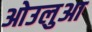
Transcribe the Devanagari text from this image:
ओउलुआ